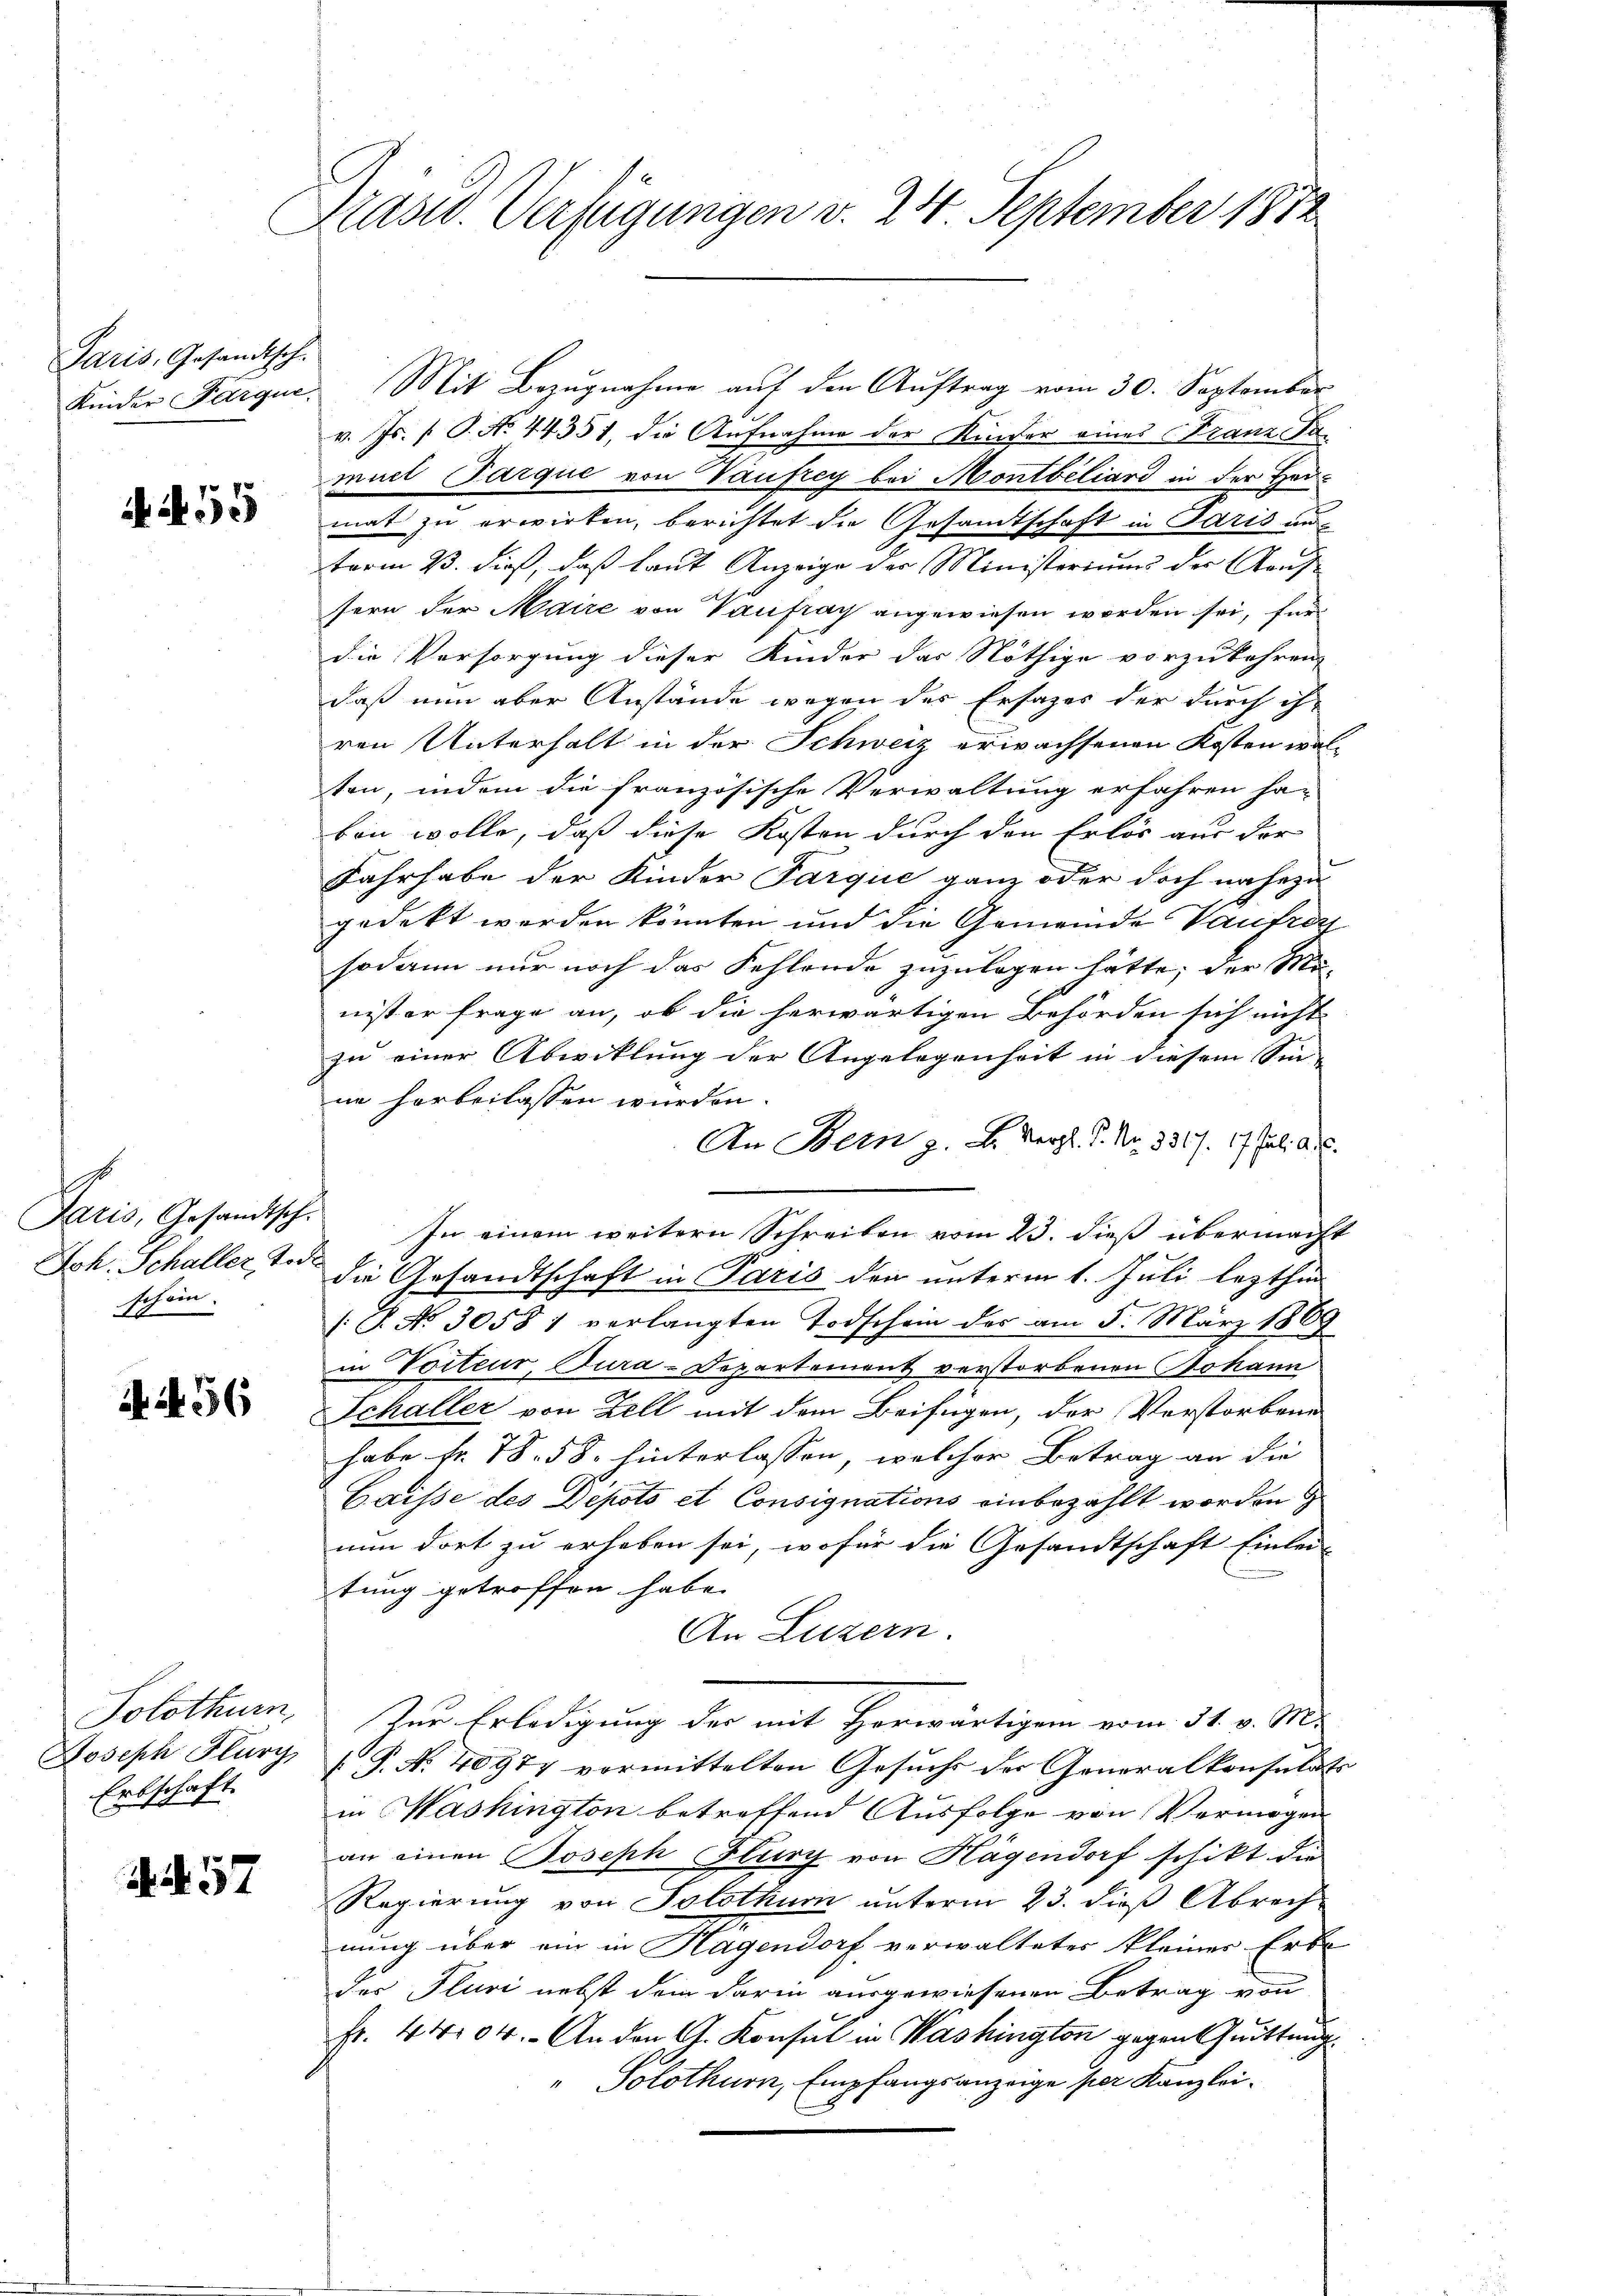
Paris, Gesandtsch.

55

Jaris, Gesandtsch.
Joh. Schaller Tode
s.
ein,
1

4. 456

Solothurn,
Joseph Flurg,
Erbschaft.

. . 57

Präsid. Verfügungen d. 24. September 1882

Kinder Parque. Mit Bezŭgnahme aŭf den Aŭftrag vom 30. September
v. Js. f. P. No. 44351, die Aufnahme der Kinder eines Franz Samuel Parque von Vaufrey bei Montbiliard in der Haumat zu erwirken, berichtet die Gesandtschaft in Paris un
term 23. dieß, daß laut Anzeige der Ministerium der aufsern der Maire von Vaufrag angewiesen worden sei, für
die Versorgung dieser Kinder das Nöthige vorzukehren,
daß nun aber Anstände wegen des Ersatzes der durch ihr
ren Unterhalt in der Schweiz erwachsenen Kosten wal-
ten, indem die französische Verwaltung erfahren ha-
ben wolle, daß diese Kosten durch den Erlös aus der
Fahrhabe der Kinder Farque ganz oder doch nahezu
gedekt werden könnten und die Gemeinde Vautre
sodann nur noch das Fehlende zuzulegen hätte; der Mo-
nister Frage an, ob die herwärtigen Behörden sich nicht
zu einer Abwicklung der Angelegenheit in diesem Sin-
ne horbeilassen würden.
An Bern z. B. Vergl. P. Nr. 3317. 17 Jul. Art.
In einem weitern Schreiben vom 23. dieß übermacht
die Gesandtschaft in Paris den unterm 1. Juli lezthin
/: P. No 30581 verlangten Todschein des am 5. März 1869
in Torteur, Jura-Departement verstorbenen Johann
Schaller von Zell mit dem Beifügen, der Verstorbene
habe fr. 78. 58. hinterlassen, welcher Betrag an die |
Caisse des Depots et Consignations einbezahlt worden
nun dort zu erheben sei, wofür die Gesandtschaft Einlei-
tung getroffen habe.
An Luzern.
Zur Erledigung der mit Horwärtigen vom 31. v. M.
(P. No. 40974 vormittelten Gesuchs der Generalkonsulats
in Washington betreffend Ausfolge von Vermögen
an einen Joseph Flury von Hagendorf schikt die
Regierung von Solothur unterm 23. dieß Abrech
nung über ein in Hagendorf verwaltetes kleiner Erbe
der Pluri nebst dem darin ausgewiesenen Betrag von
fr. 4004. An den G. Konsul in Washington gegen Quittung
Solothurn, Empfangsanzeige per Kanzlei.